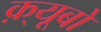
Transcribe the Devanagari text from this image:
क़्यूबो